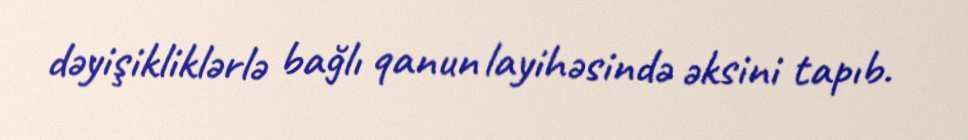
dəyişikliklərlə bağlı qanun layihəsində əksini tapıb.